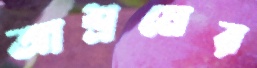
আশ্রমের